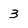
Character: 3